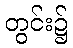
တွင်း၌